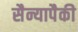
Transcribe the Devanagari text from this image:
सैन्यापैकी